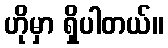
ဟိုမှာ ရှိပါတယ်။